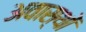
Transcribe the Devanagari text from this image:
अवास्थों